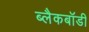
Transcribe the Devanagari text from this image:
ब्लैकबॉडी